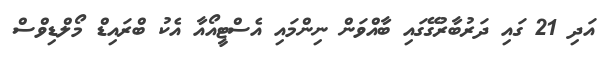
އަދި 21 ގައި ދަރުބާރުގޭގައި ބާއްވަން ނިންމައި އެސްޓީއޯއާ އެކު ބްރައިޑް މޯލްޑިވްސް